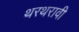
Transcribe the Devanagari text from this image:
थरथरावी